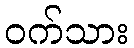
ဝက်သား